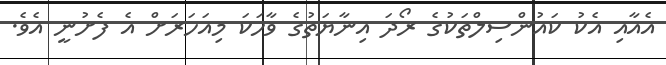
އެއާއި އެކު ކައުންސިލްތަކުގެ ރޯދަ އިނާޔަތުގެ ވާހަކަ މިއަހަރަށް އެ ފެށުނީ އެވެ.